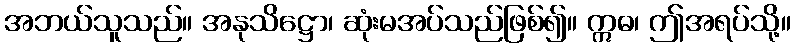
အဘယ်သူသည်။ အနုသိဋ္ဌော၊ ဆုံးမအပ်သည်ဖြစ်၍။ ဣဓ၊ ဤအရပ်သို့။